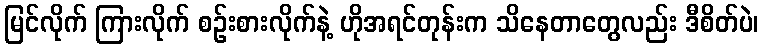
မြင်လိုက် ကြားလိုက် စဉ်းစားလိုက်နဲ့ ဟိုအရင်တုန်းက သိနေတာတွေလည်း ဒီစိတ်ပဲ၊